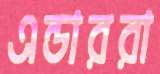
এন্ডাররা